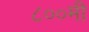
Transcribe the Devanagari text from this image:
८००मी